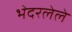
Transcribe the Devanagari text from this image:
भेदरलेले